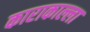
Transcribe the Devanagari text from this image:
काराकाल्ला